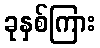
ခုနှစ်ကြား